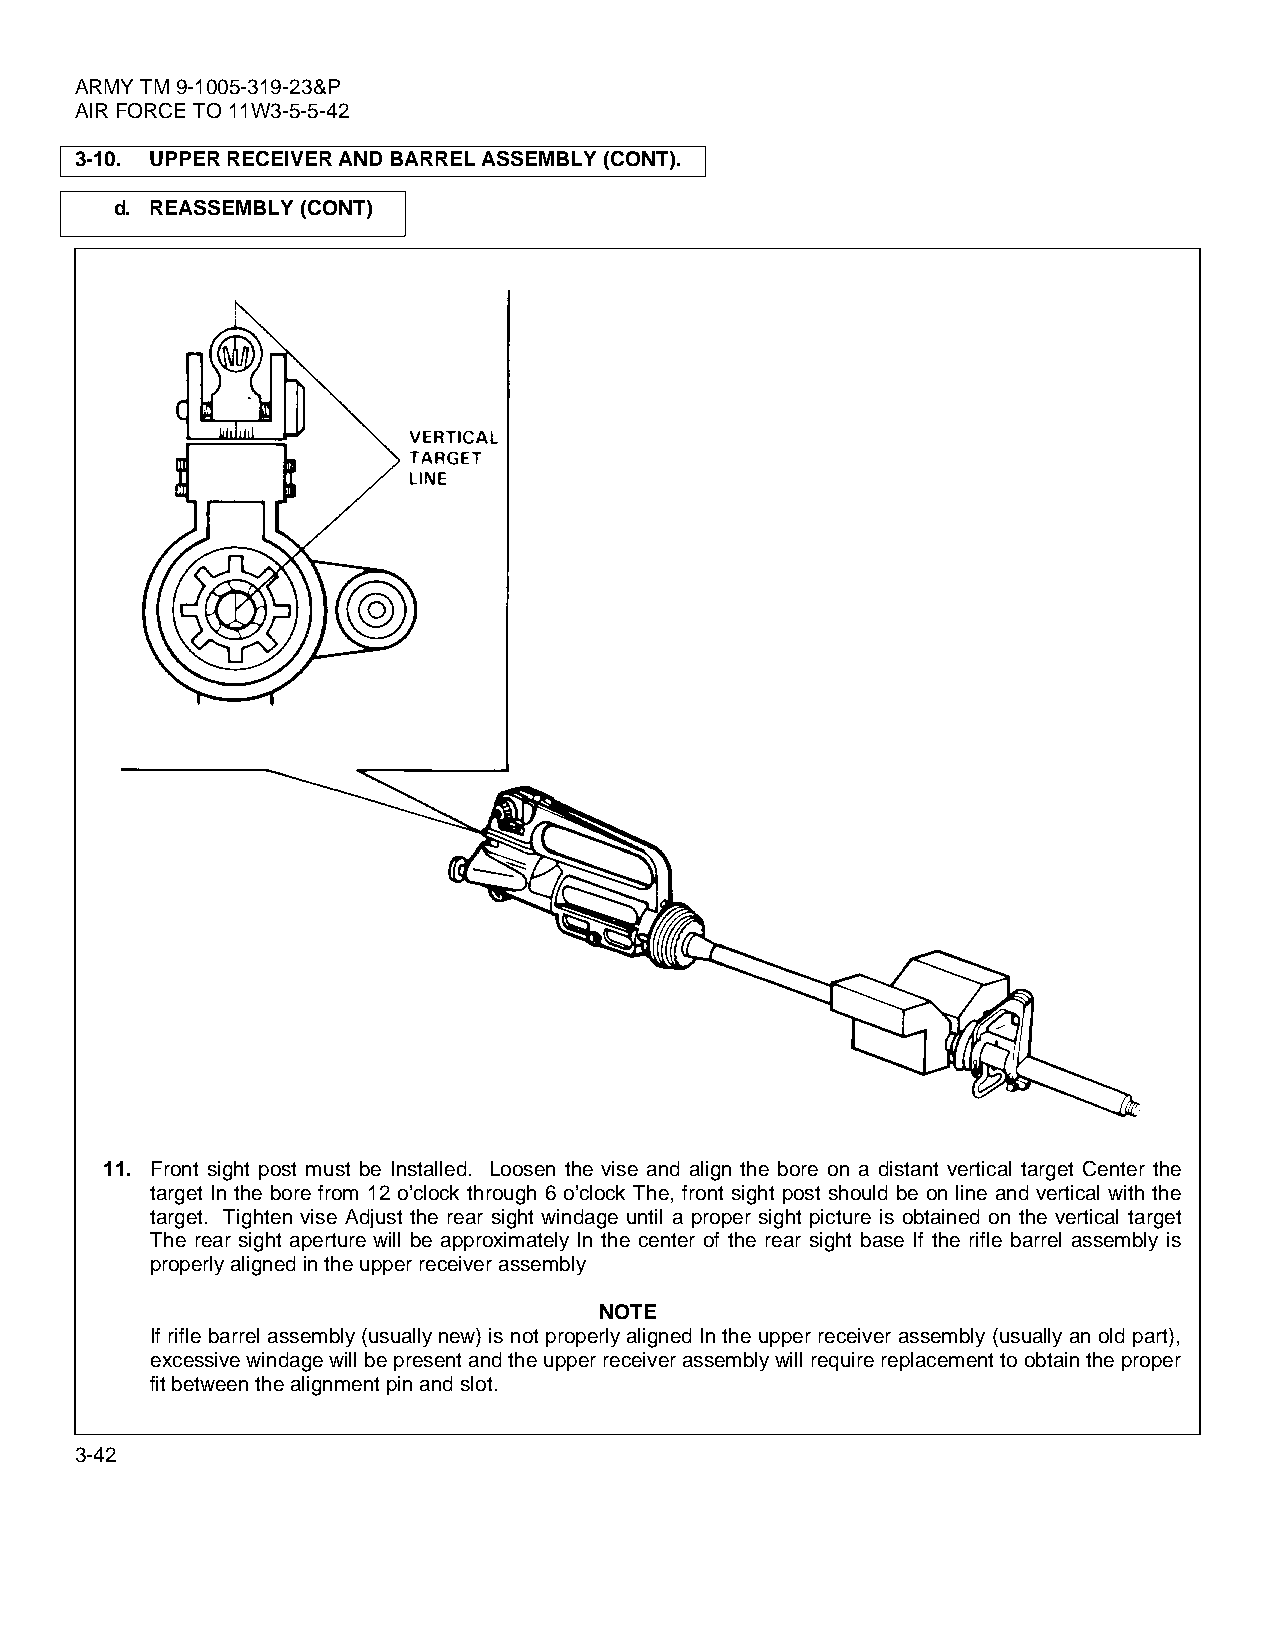
ARMY TM 9-1005-319-23&P
 AIR FORCE TO 11W3-5-5-42
 3-10. UPPER RECEIVER AND BARREL ASSEMBLY (CONT).
 d. REASSEMBLY (CONT)
 11. Front sight post must be Installed. Loosen the vise and align the bore on a distant vertical target Center the
 target In the bore from 12 o’clock through 6 o’clock The, front sight post should be on line and vertical with the
 target. Tighten vise Adjust the rear sight windage until a proper sight picture is obtained on the vertical target
 The rear sight aperture will be approximately In the center of the rear sight base If the rifle barrel assembly is
 properly aligned in the upper receiver assembly
 NOTE
 If rifle barrel assembly (usually new) is not properly aligned In the upper receiver assembly (usually an old part),
 excessive windage will be present and the upper receiver assembly will require replacement to obtain the proper
 fit between the alignment pin and slot.
 3-42